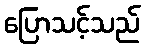
ပြောသင့်သည်